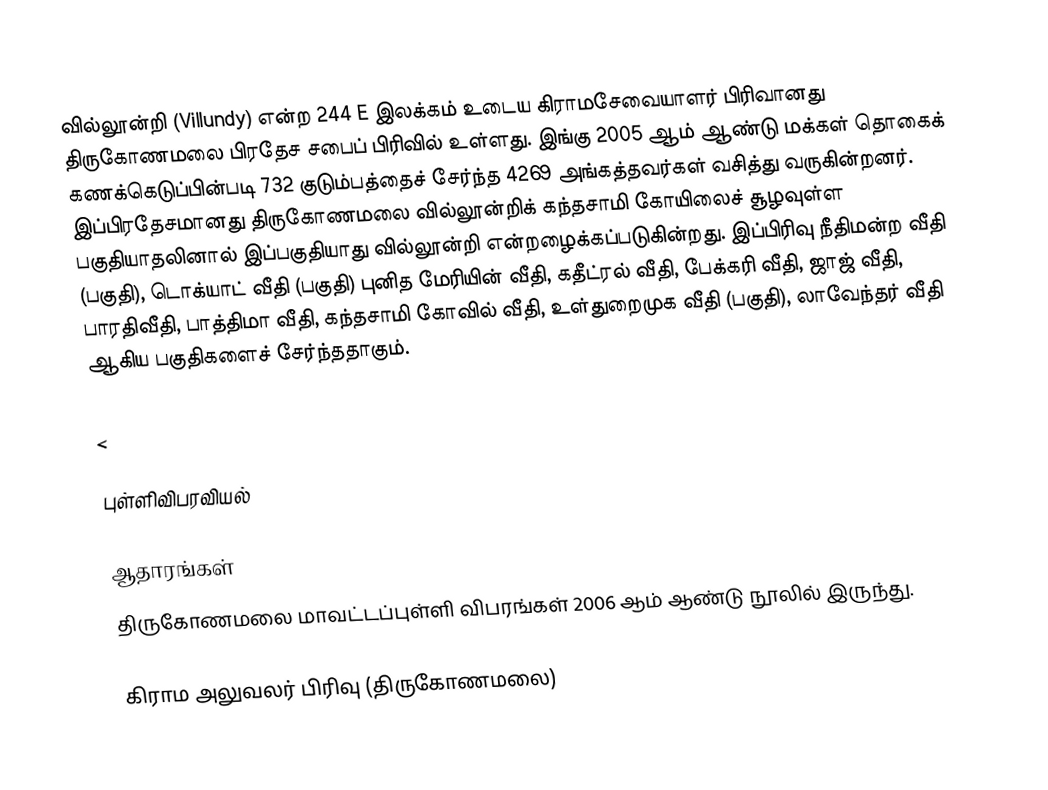
வில்லூன்றி (Villundy) என்ற 244 E இலக்கம் உடைய கிராமசேவையாளர் பிரிவானது திருகோணமலை பிரதேச சபைப் பிரிவில் உள்ளது. இங்கு 2005 ஆம் ஆண்டு மக்கள் தொகைக் கணக்கெடுப்பின்படி 732 குடும்பத்தைச் சேர்ந்த 4269 அங்கத்தவர்கள் வசித்து வருகின்றனர். இப்பிரதேசமானது திருகோணமலை வில்லூன்றிக் கந்தசாமி கோயிலைச் சூழவுள்ள பகுதியாதலினால் இப்பகுதியாது வில்லூன்றி என்றழைக்கப்படுகின்றது. இப்பிரிவு நீதிமன்ற வீதி (பகுதி), டொக்யாட் வீதி (பகுதி) புனித மேரியின் வீதி, கதீட்ரல் வீதி, பேக்கரி வீதி, ஜாஜ் வீதி, பாரதிவீதி, பாத்திமா வீதி, கந்தசாமி கோவில் வீதி, உள்துறைமுக வீதி (பகுதி), லாவேந்தர் வீதி ஆகிய பகுதிகளைச் சேர்ந்ததாகும்.

<

புள்ளிவிபரவியல்

ஆதாரங்கள்
திருகோணமலை மாவட்டப்புள்ளி விபரங்கள் 2006 ஆம் ஆண்டு நூலில் இருந்து.

கிராம அலுவலர் பிரிவு (திருகோணமலை)